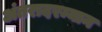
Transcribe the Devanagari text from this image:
अंतरादरम्यान